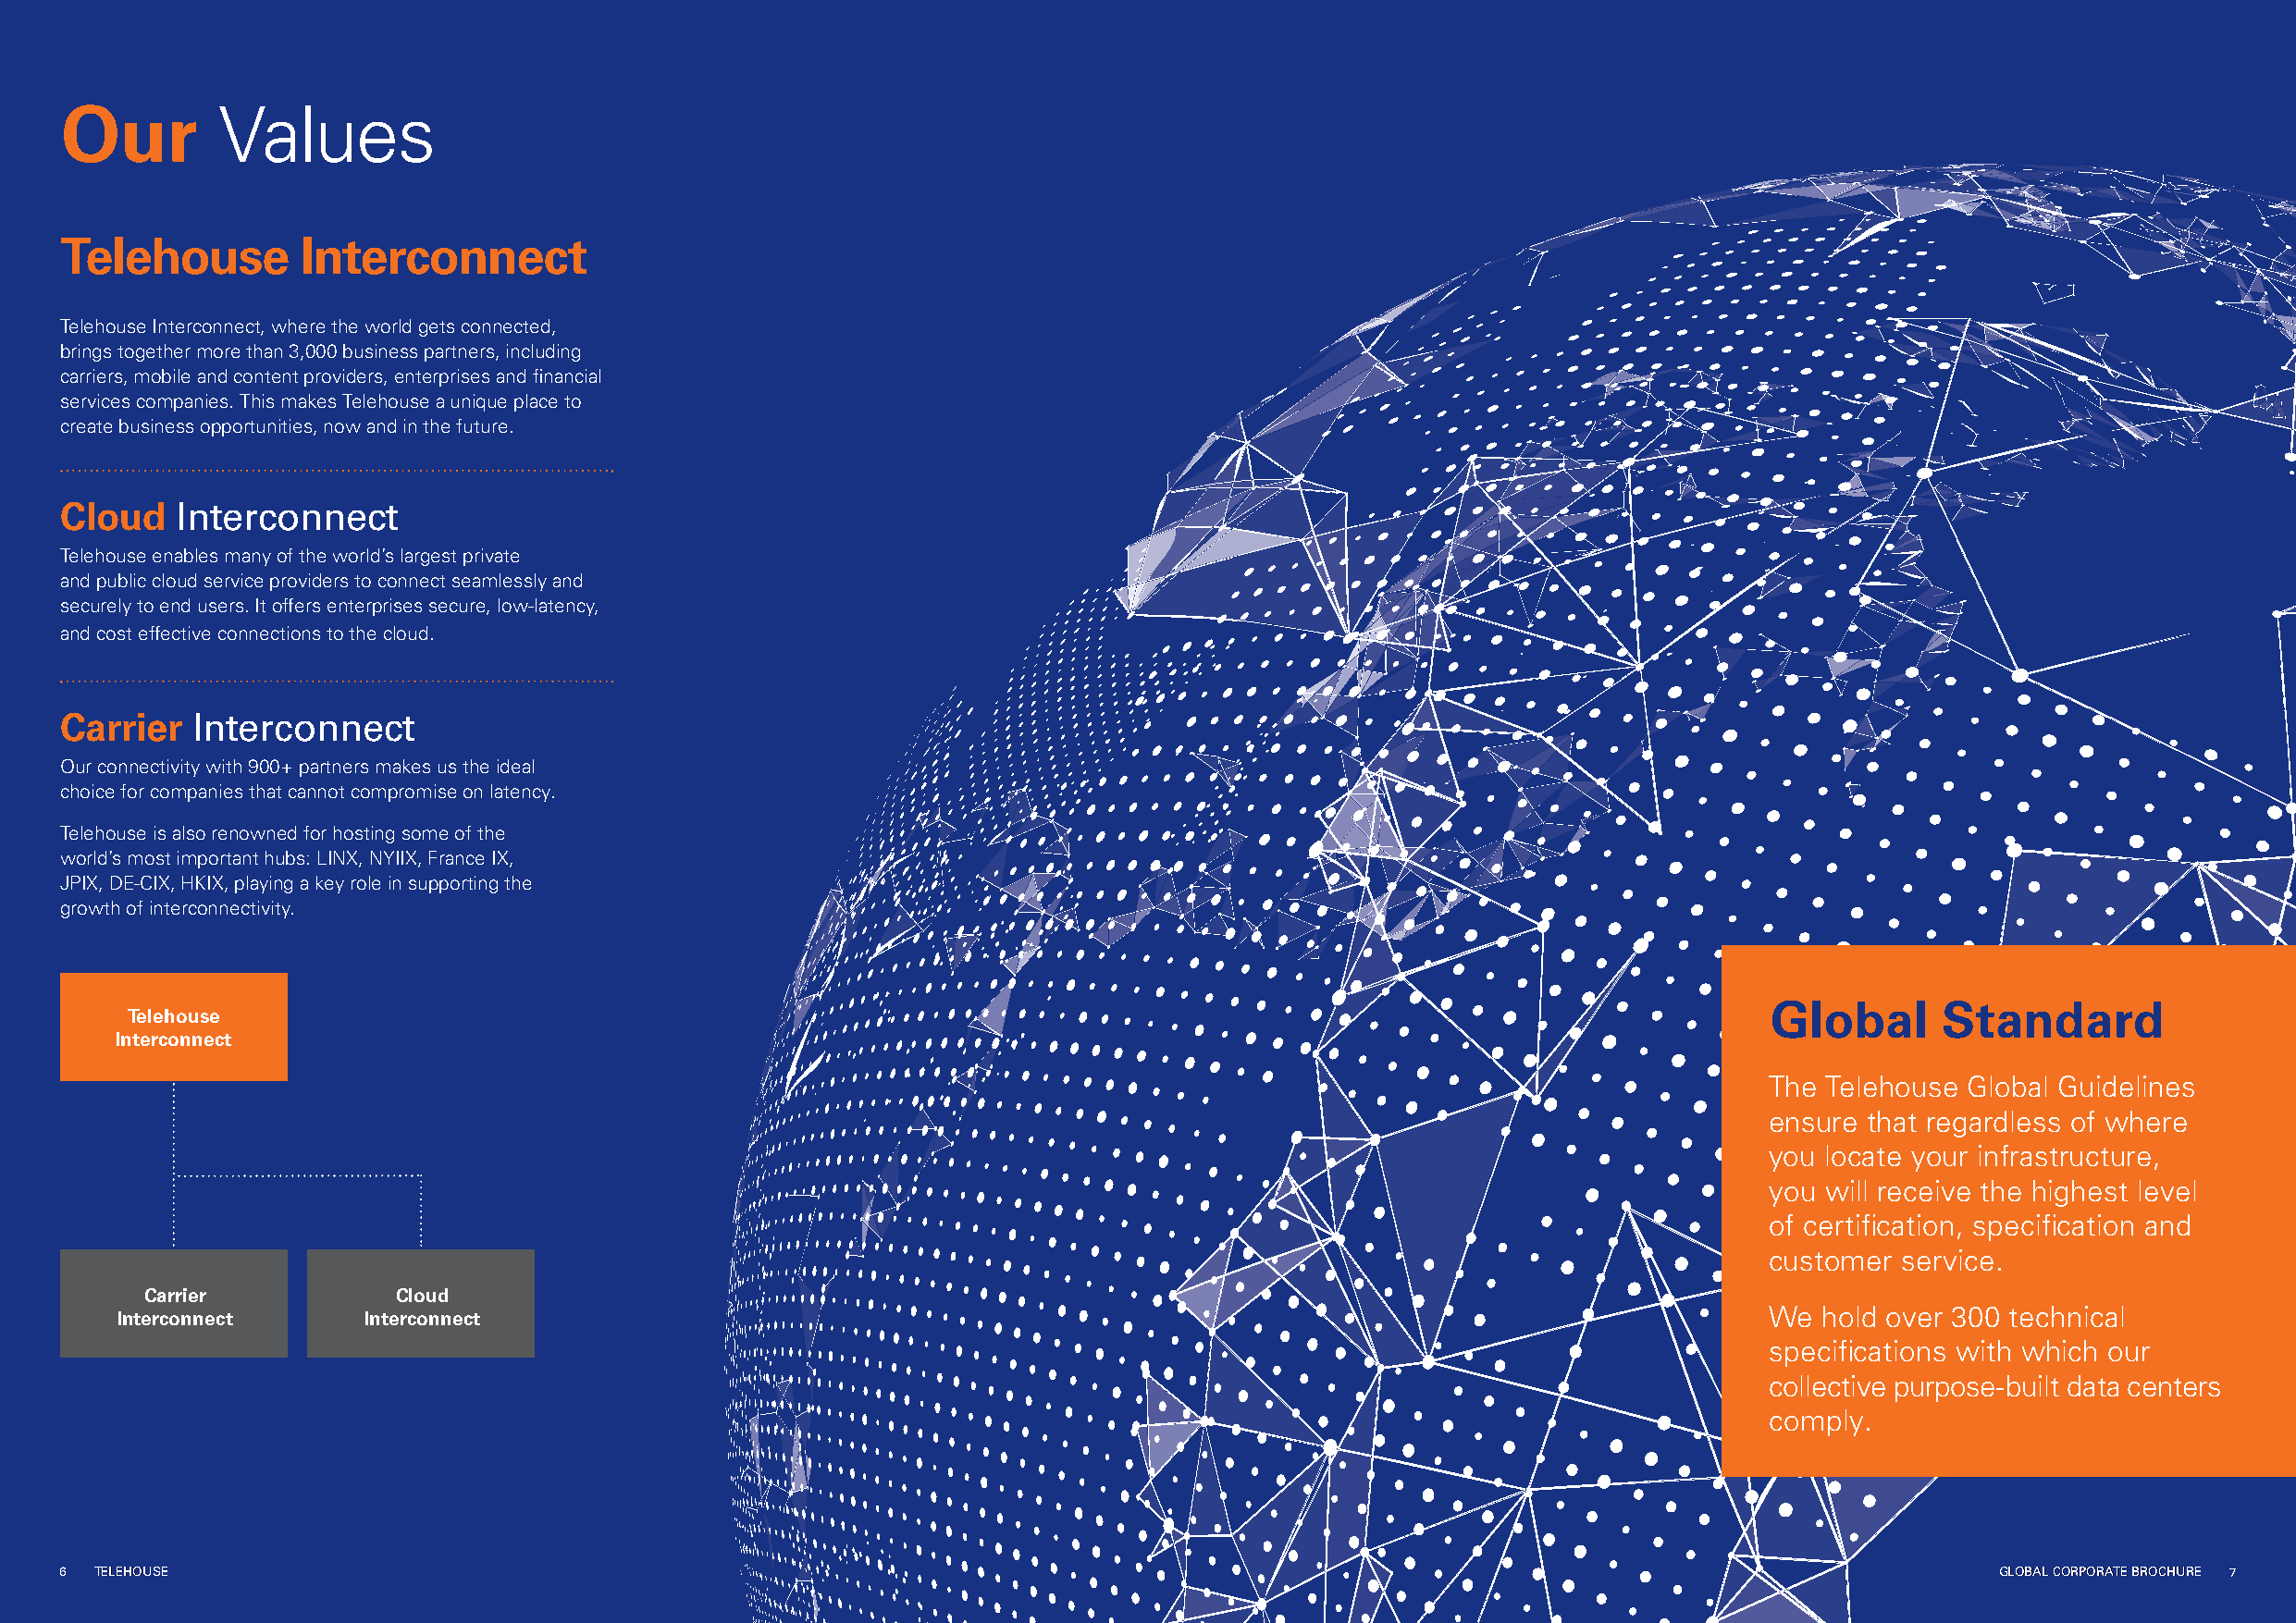
Our
 Values
 Telehouse         Interconnect
 Telehouse Interconnect, where the world gets connected,
 brings together more than 3,000 business partners, including
 carriers, mobile and content providers, enterprises and fi nancial
 services companies. This makes Telehouse a unique place to
 create business opportunities, now and in the future.
 Cloud    Interconnect
 Telehouse enables many of the world’s largest private
 and public cloud service providers to connect seamlessly and
 securely to end users. It offers enterprises secure, low-latency,
 and cost effective connections to the cloud.
 Carrier   Interconnect
 Our connectivity with 900+ partners makes us the ideal
 choice for companies that cannot compromise on latency.
 Telehouse is also renowned for hosting some of the
 world’s most important hubs: LINX, NYIIX, France IX,
 JPIX, DE-CIX, HKIX, playing a key role in supporting the
 growth of interconnectivity.
 Global      Standard
 Telehouse
 Interconnect
 The Telehouse Global Guidelines
 ensure that regardless of where
 you locate your infrastructure,
 you will receive the highest level
 of certifi cation, specifi cation and
 customer service.
 Carrier           Cloud
 Interconnect      Interconnect                                                                                         We hold over 300 technical
 specifi cations with which our
 collective purpose-built data centers
 comply.
 666 TTTEEELLLEEEHHHOOOUUUSSSEEE                                                                                                            GGGLLLOOOBBBAAALLL CCCOOORRRPPPOOORRRAAATTTEEE BBBRRROOOCCCHHHUUURRREEE 777